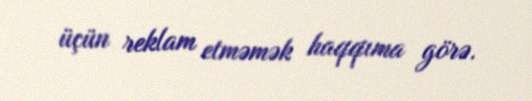
üçün reklam etməmək haqqıma görə.